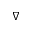
\nabla